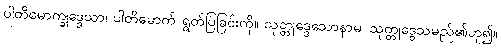
ပါတိမောက္ခုဒ္ဒေသာ၊ ပါတိမောက် ရွတ်ပြခြင်းကို။ သုတ္တုဒ္ဒေသောနာမ၊ သုတ္တုဒွေသမည်၏ဟူ၍။